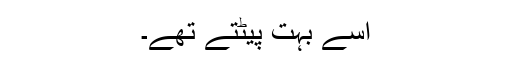
اسے بہت پیٹتے تھے۔